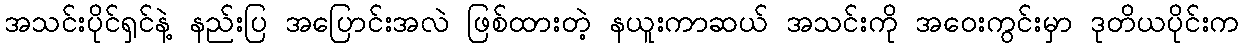
အသင်းပိုင်ရှင်နဲ့ နည်းပြ အပြောင်းအလဲ ဖြစ်ထားတဲ့ နယူးကာဆယ် အသင်းကို အဝေးကွင်းမှာ ဒုတိယပိုင်းက